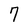
Character: 7